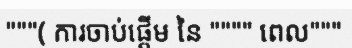
"""( ការចាប់ផ្តើម នៃ """" ពេល"""